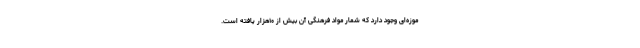
موزه‌ای وجود دارد که شمار مواد فرهنگی آن بیش از ۱۰هزار یافته است.